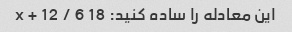
این معادله را ساده کنید: 18 x + 12 / 6